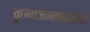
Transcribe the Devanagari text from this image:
कृष्णजन्मसमेनां